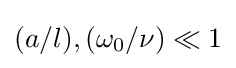
(a/l),(\omega _{0}/\nu )\ll 1